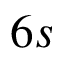
6 s